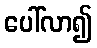
ပေါ်လာ၍